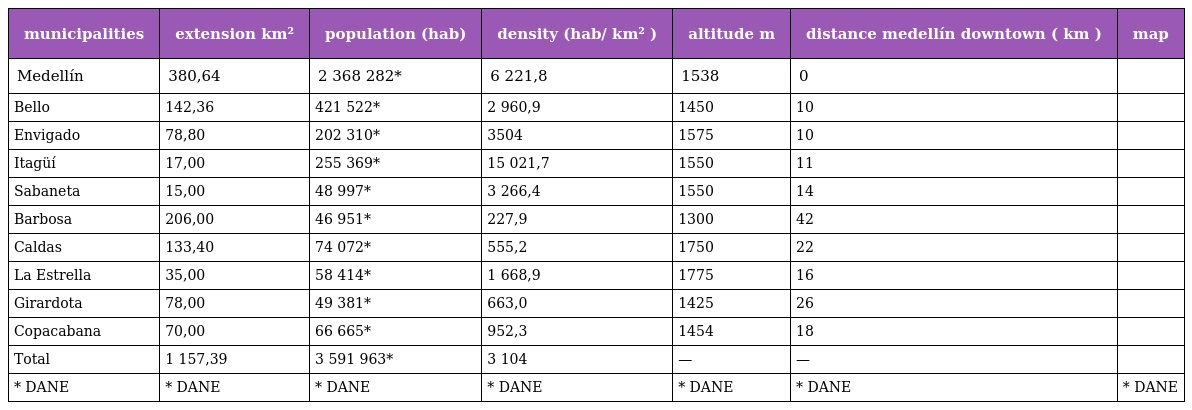
| municipalities | extension km² | population (hab) | density (hab/ km² ) | altitude m | distance medellín downtown ( km ) | map |
 | --- | --- | --- | --- | --- | --- | --- |
 | Medellín | 380,64 | 2 368 282* | 6 221,8 | 1538 | 0 |  |
 | Bello | 142,36 | 421 522* | 2 960,9 | 1450 | 10 |  |
 | Envigado | 78,80 | 202 310* | 3504 | 1575 | 10 |  |
 | Itagüí | 17,00 | 255 369* | 15 021,7 | 1550 | 11 |  |
 | Sabaneta | 15,00 | 48 997* | 3 266,4 | 1550 | 14 |  |
 | Barbosa | 206,00 | 46 951* | 227,9 | 1300 | 42 |  |
 | Caldas | 133,40 | 74 072* | 555,2 | 1750 | 22 |  |
 | La Estrella | 35,00 | 58 414* | 1 668,9 | 1775 | 16 |  |
 | Girardota | 78,00 | 49 381* | 663,0 | 1425 | 26 |  |
 | Copacabana | 70,00 | 66 665* | 952,3 | 1454 | 18 |  |
 | Total | 1 157,39 | 3 591 963* | 3 104 | — | — |  |
 | * DANE | * DANE | * DANE | * DANE | * DANE | * DANE | * DANE |